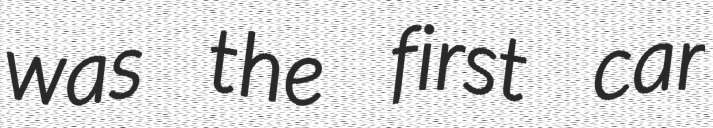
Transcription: was the first car